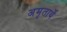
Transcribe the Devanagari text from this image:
अमृतार्थे